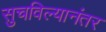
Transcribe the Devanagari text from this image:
सुचविल्यानंतर